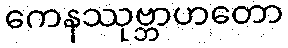
ကေနဿုဗ္ဘာဟတော